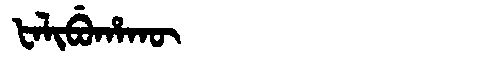
Manchu: ᡶᠠᠯᡳᠪᡠᡥᠠᡴᡡ
Romanization: FALIBUHAKŪ